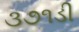
૩૭૧ડી